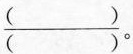
\frac{（）}{（）}。